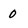
Character: 0